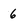
Character: 6